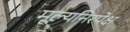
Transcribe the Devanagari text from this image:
मूल्यनिरपेक्ष